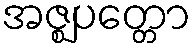
အဇ္ဈပတ္တော